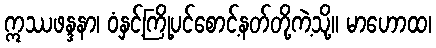
ဣဿဖန္ဒနာ၊ ဝံနှင့်ကြို့ပင်စောင့်နတ်တို့ကဲ့သို့။ မာဟောထ၊